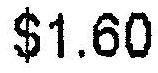
$1.60